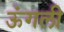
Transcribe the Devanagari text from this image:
ऊंगली